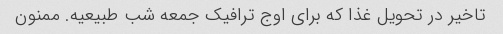
تاخیر در تحویل غذا که برای اوج ترافیک جمعه شب طبیعیه. ممنون